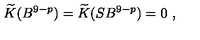
\widetilde { K } ( B ^ { 9 - p } ) = \widetilde { K } ( S B ^ { 9 - p } ) = 0 \ ,